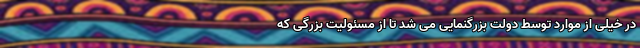
در خیلی از موارد توسط دولت بزرگنمایی می شد تا از مسئولیت بزرگی که